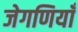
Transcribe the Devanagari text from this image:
जेगणियाँ